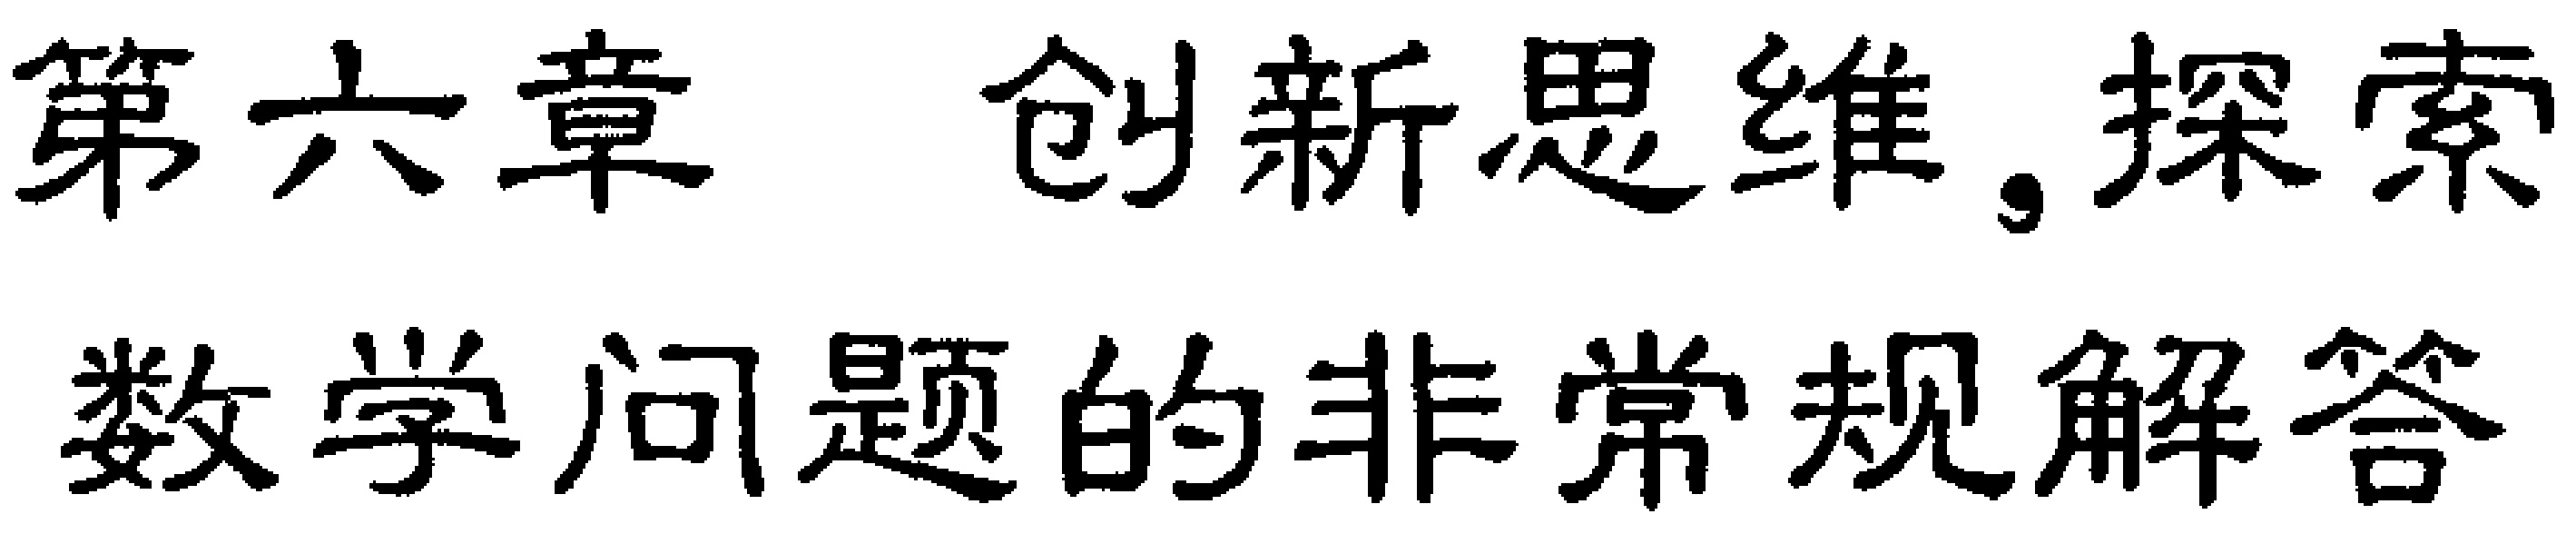
第六章 创新思维,探索
数学问题的非常规解答